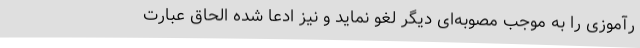
رآموزی را به موجب مصوبه‌ای دیگر لغو نماید و نیز ادعا شده الحاق عبارت